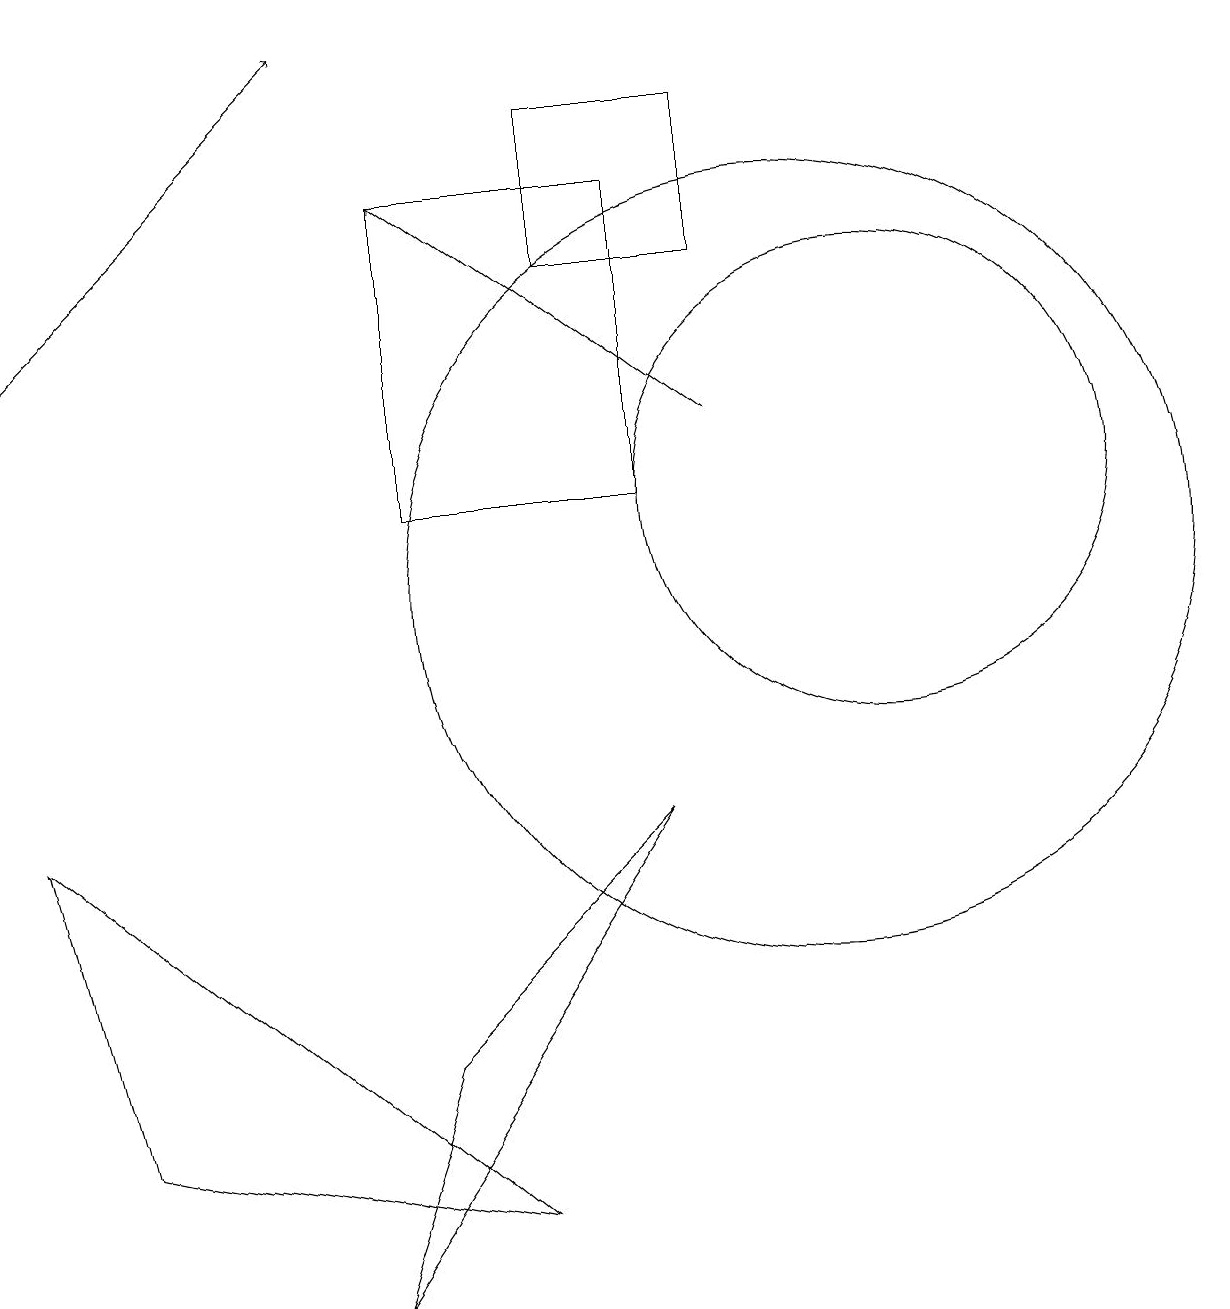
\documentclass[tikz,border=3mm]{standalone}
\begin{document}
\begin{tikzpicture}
\draw[->] (0,14) -- (4,18);
\draw (10,11) circle (5);
\draw (11,12) circle (3);
\draw (5,16) rectangle (8,12);
\draw (9,17) rectangle (7,15);
\draw (0,8) -- (1,4) -- (6,3) -- cycle;
\draw (4,2) -- (5,5) -- (8,8) -- cycle;
\draw[->] (9,13) -- (5,16);
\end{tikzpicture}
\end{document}